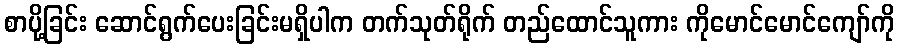
စာပို့ခြင်း ဆောင်ရွက်ပေးခြင်းမရှိပါက တက်သုတ်ရိုက် တည်ထောင်သူကား ကိုမောင်မောင်ကျော်ကို